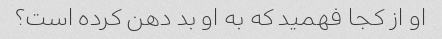
او از کجا فهمید که به او بد دهن کرده است؟